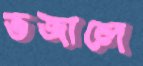
ভজালে